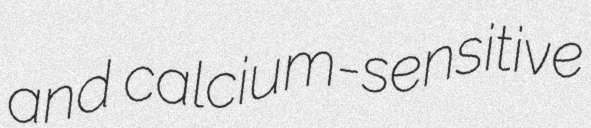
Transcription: and calcium-sensitive